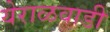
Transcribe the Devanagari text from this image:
येराळवाडी